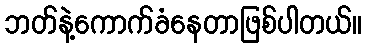
ဘတ်နဲ့ကောက်ခံနေတာဖြစ်ပါတယ်။